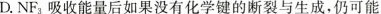
D. NF_{3}吸收能量后如果没有化学键的断裂与生成，仍可能